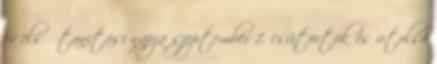
év első tanítási napja szeptember 1. csütörtök és utolsó